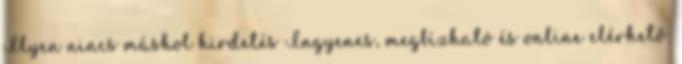
Ilyen nincs máshol hirdetés Ingyenes, megbízható és online elérhető: